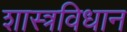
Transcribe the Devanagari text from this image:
शास्त्रविधान